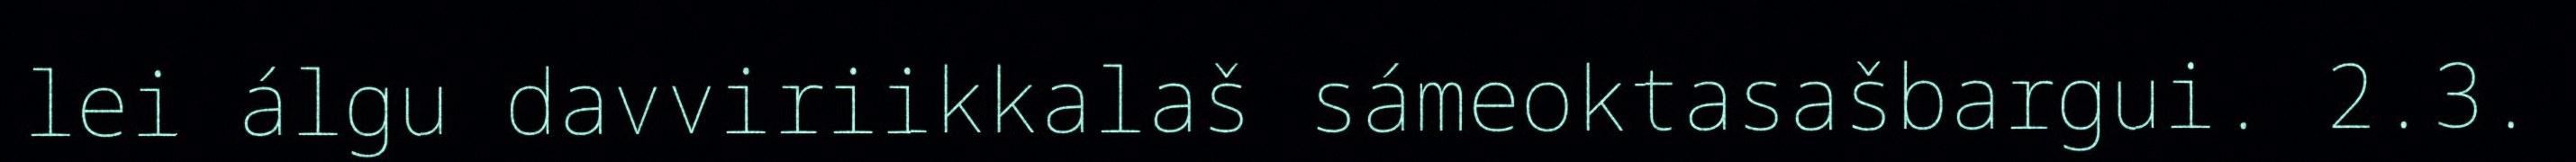
lei álgu davviriikkalaš sámeoktasašbargui. 2.3.